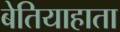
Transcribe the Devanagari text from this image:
बेतियाहाता